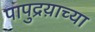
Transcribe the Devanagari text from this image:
पापुद्रय़ाच्या